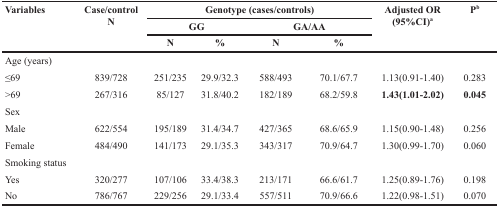
<table><thead><tr><td rowspan="3"><b>Variables</b></td><td rowspan="3"><b>Case/controlN</b></td><td colspan="4"><b>Genotype (cases/controls)</b></td><td rowspan="3"><b>Adjusted OR (95%CI)<sup>a</sup></b></td><td rowspan="3"><b>P<sup>b</sup></b></td></tr><tr><td colspan="2"><b>GG</b></td><td colspan="2"><b>GA/AA</b></td></tr><tr><td><b>N</b></td><td><b>%</b></td><td><b>N</b></td><td><b>%</b></td></tr></thead><tbody><tr><td>Age (years)</td><td></td><td></td><td></td><td></td><td></td><td></td><td></td></tr><tr><td>≤69</td><td>839/728</td><td>251/235</td><td>29.9/32.3</td><td>588/493</td><td>70.1/67.7</td><td>1.13(0.91-1.40)</td><td>0.283</td></tr><tr><td>&gt;69</td><td>267/316</td><td>85/127</td><td>31.8/40.2</td><td>182/189</td><td>68.2/59.8</td><td><b>1.43(1.01-2.02)</b></td><td><b>0.045</b></td></tr><tr><td>Sex</td><td></td><td></td><td></td><td></td><td></td><td></td><td></td></tr><tr><td>Male</td><td>622/554</td><td>195/189</td><td>31.4/34.7</td><td>427/365</td><td>68.6/65.9</td><td>1.15(0.90-1.48)</td><td>0.256</td></tr><tr><td>Female</td><td>484/490</td><td>141/173</td><td>29.1/35.3</td><td>343/317</td><td>70.9/64.7</td><td>1.30(0.99-1.70)</td><td>0.060</td></tr><tr><td>Smoking status</td><td></td><td></td><td></td><td></td><td></td><td></td><td></td></tr><tr><td>Yes</td><td>320/277</td><td>107/106</td><td>33.4/38.3</td><td>213/171</td><td>66.6/61.7</td><td>1.25(0.89-1.76)</td><td>0.198</td></tr><tr><td>No</td><td>786/767</td><td>229/256</td><td>29.1/33.4</td><td>557/511</td><td>70.9/66.6</td><td>1.22(0.98-1.51)</td><td>0.070</td></tr></tbody></table>